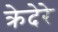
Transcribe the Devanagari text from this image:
क्रेदेरे